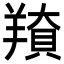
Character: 𦎳